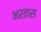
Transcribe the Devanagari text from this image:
भरतास